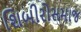
શિબીરોસમાજ